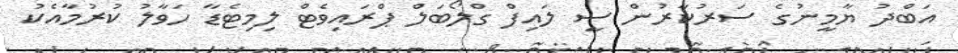
އަބްދު ޔާމީނުގެ ސަރުކާރުން ސީ ލައިފް ގްލޯބަލް ޕްރައިވެޓް ލިމިޓެޑާ ހަވާލު ކުރުމާއެކު